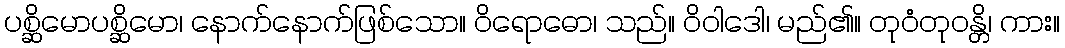
ပစ္ဆိမောပစ္ဆိမော၊ နောက်နောက်ဖြစ်သော။ ဝိရောဓော၊ သည်။ ဝိဝါဒေါ၊ မည်၏။ တုဝံတုဝန္တိ၊ ကား။